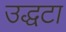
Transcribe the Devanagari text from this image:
उद्धटा